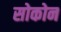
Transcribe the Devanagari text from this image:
सोकोन